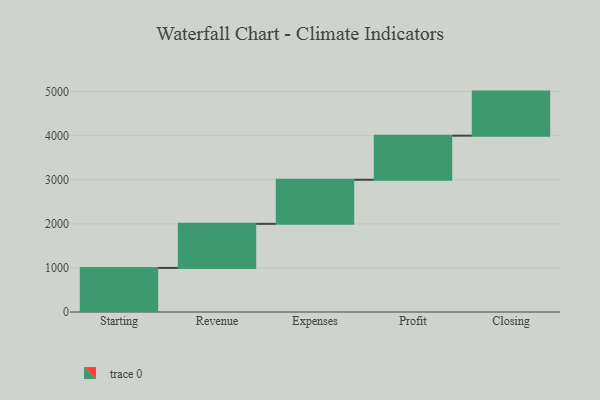
{"axis": {"x": "Step", "y": "Value"}, "legend": [""], "data": [{"x": "Starting", "y": 1000, "type": ""}, {"x": "Revenue", "y": 1000, "type": ""}, {"x": "Expenses", "y": 1000, "type": ""}, {"x": "Profit", "y": 1000, "type": ""}, {"x": "Closing", "y": 1000, "type": ""}]}